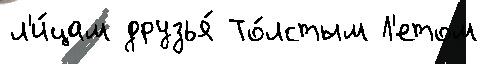
л'и́цам друзья́ То́лстым Л'етом